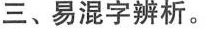
三、易混字辨析。